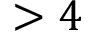
> 4